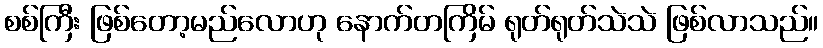
စစ်ကြီး ဖြစ်တော့မည်လောဟု နောက်တကြိမ် ရုတ်ရုတ်သဲသဲ ဖြစ်လာသည်။